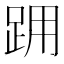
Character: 𨀍